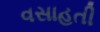
વસાહતી